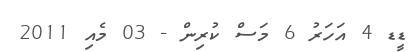
ޑީޑ 4 އަހަރު 6 މަސް ކުރިން - 03 މެއި 2011